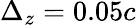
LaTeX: \Delta_{z}=0.05c